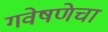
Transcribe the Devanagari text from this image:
गवेषणेचा